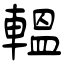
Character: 輼